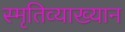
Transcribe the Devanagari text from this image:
स्मृतिव्याख्यान